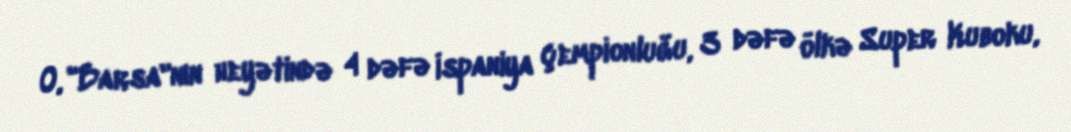
O, "Barsa"nın heyətində 4 dəfə İspaniya çempionluğu, 3 dəfə ölkə Super Kuboku,